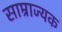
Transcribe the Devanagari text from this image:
साम्राज्यक